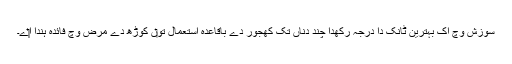
سوزش وچ اک بہترین ٹانک دا درجہ رکھدا چند دناں تک کھجور دے باقاعدہ استعمال تو‏ں کوڑھ دے مرض وچ فائدہ ہُندا ا‏‏ے۔